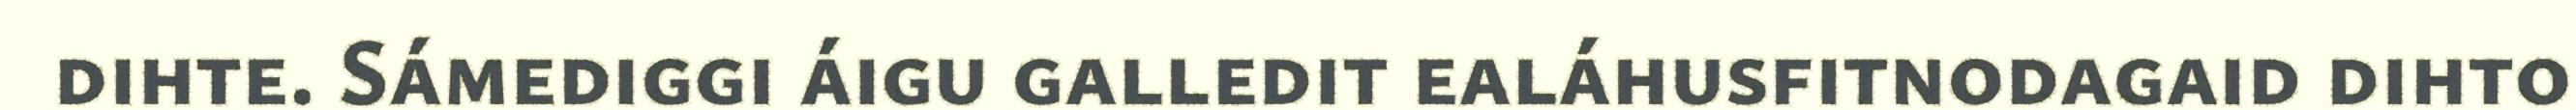
dihte. Sámediggi áigu galledit ealáhusfitnodagaid dihto